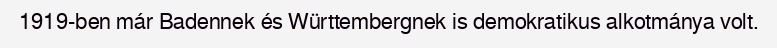
1919-ben már Badennek és Württembergnek is demokratikus alkotmánya volt.